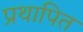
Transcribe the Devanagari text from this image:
प्रथापित